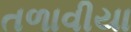
તળાવીયા